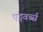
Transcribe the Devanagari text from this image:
एड्वर्ब्स